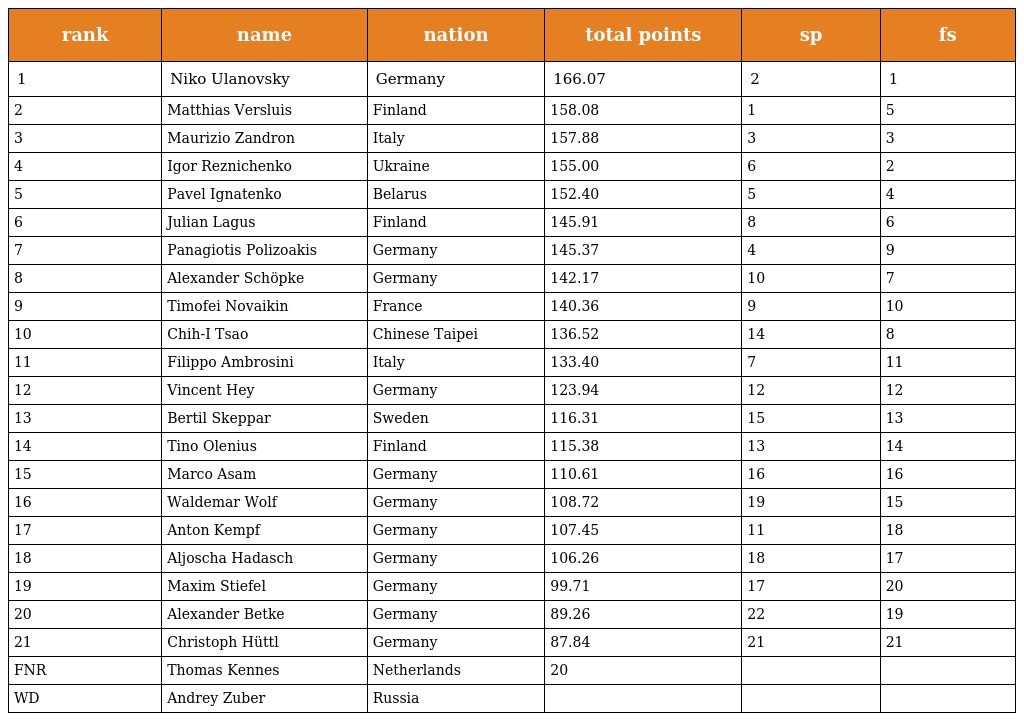
| rank | name | nation | total points | sp | fs |
 | --- | --- | --- | --- | --- | --- |
 | 1 | Niko Ulanovsky | Germany | 166.07 | 2 | 1 |
 | 2 | Matthias Versluis | Finland | 158.08 | 1 | 5 |
 | 3 | Maurizio Zandron | Italy | 157.88 | 3 | 3 |
 | 4 | Igor Reznichenko | Ukraine | 155.00 | 6 | 2 |
 | 5 | Pavel Ignatenko | Belarus | 152.40 | 5 | 4 |
 | 6 | Julian Lagus | Finland | 145.91 | 8 | 6 |
 | 7 | Panagiotis Polizoakis | Germany | 145.37 | 4 | 9 |
 | 8 | Alexander Schöpke | Germany | 142.17 | 10 | 7 |
 | 9 | Timofei Novaikin | France | 140.36 | 9 | 10 |
 | 10 | Chih-I Tsao | Chinese Taipei | 136.52 | 14 | 8 |
 | 11 | Filippo Ambrosini | Italy | 133.40 | 7 | 11 |
 | 12 | Vincent Hey | Germany | 123.94 | 12 | 12 |
 | 13 | Bertil Skeppar | Sweden | 116.31 | 15 | 13 |
 | 14 | Tino Olenius | Finland | 115.38 | 13 | 14 |
 | 15 | Marco Asam | Germany | 110.61 | 16 | 16 |
 | 16 | Waldemar Wolf | Germany | 108.72 | 19 | 15 |
 | 17 | Anton Kempf | Germany | 107.45 | 11 | 18 |
 | 18 | Aljoscha Hadasch | Germany | 106.26 | 18 | 17 |
 | 19 | Maxim Stiefel | Germany | 99.71 | 17 | 20 |
 | 20 | Alexander Betke | Germany | 89.26 | 22 | 19 |
 | 21 | Christoph Hüttl | Germany | 87.84 | 21 | 21 |
 | FNR | Thomas Kennes | Netherlands | 20 |  |  |
 | WD | Andrey Zuber | Russia |  |  |  |